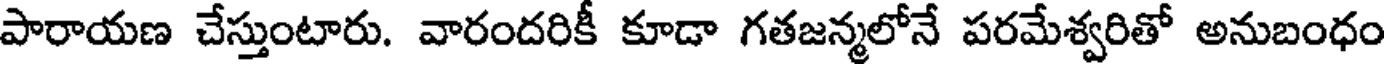
పారాయణ చేస్తుంటారు. వారందరికీ కూడా గతజన్మలోనే పరమేశ్వరితో అనుబంధం